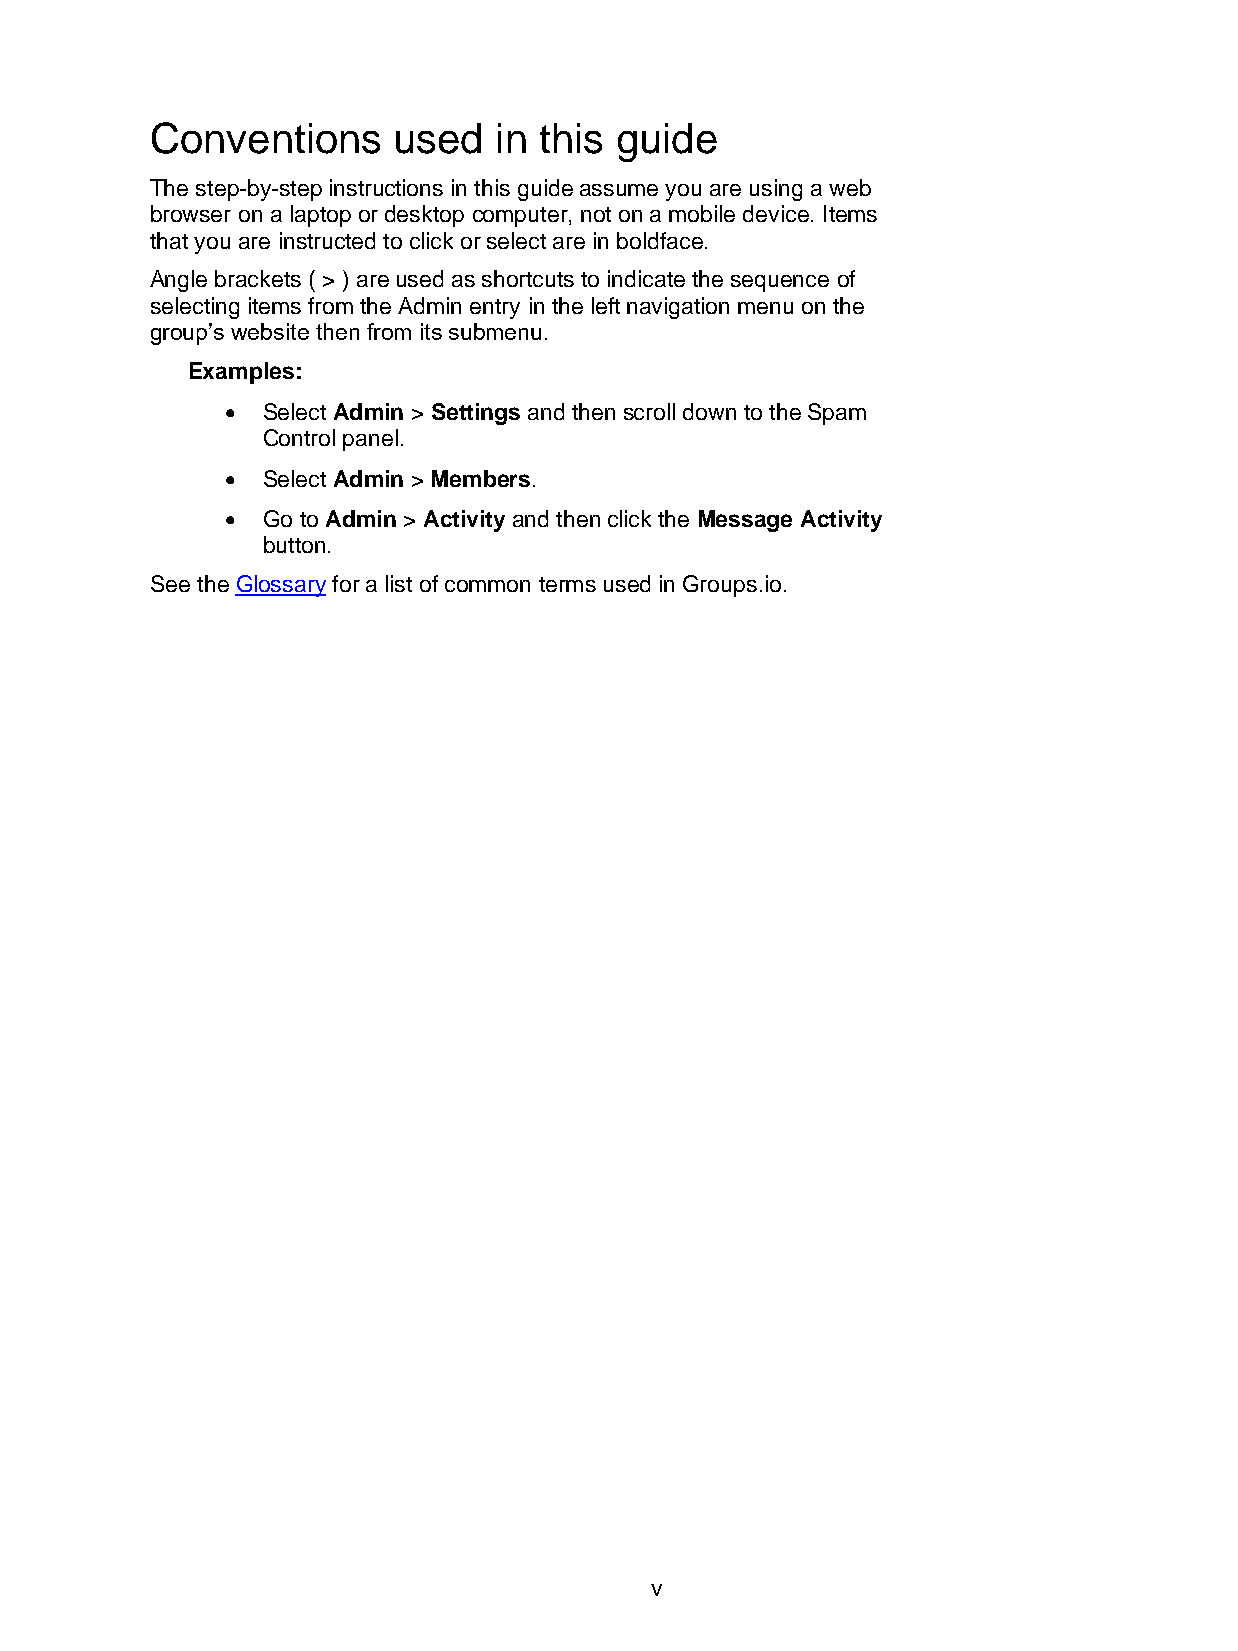
Conventions     used   in this guide
 The step-by-step instructions in this guide assume you are using a web
 browser on a laptop or desktop computer, not on a mobile device. Items
 that you are instructed to click or select are in boldface.
 Angle brackets ( > ) are used as shortcuts to indicate the sequence of
 selecting items from the Admin entry in the left navigation menu on the
 group’s website then from its submenu.
 Examples:
 • Select Admin > Settings and then scroll down to the Spam
 Control panel.
 • Select Admin > Members.
 • Go to Admin > Activity and then click the Message Activity
 button.
 See the Glossary for a list of common terms used in Groups.io.
 v